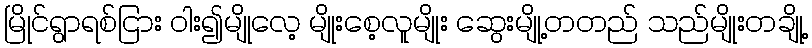
မြိုင်ရွာရစ်ငြား ဝါး၍မျိုလေ့ မျိုးစေ့လူမျိုး ဆွေးမျို့တတည် သည်မျိုးတချို့